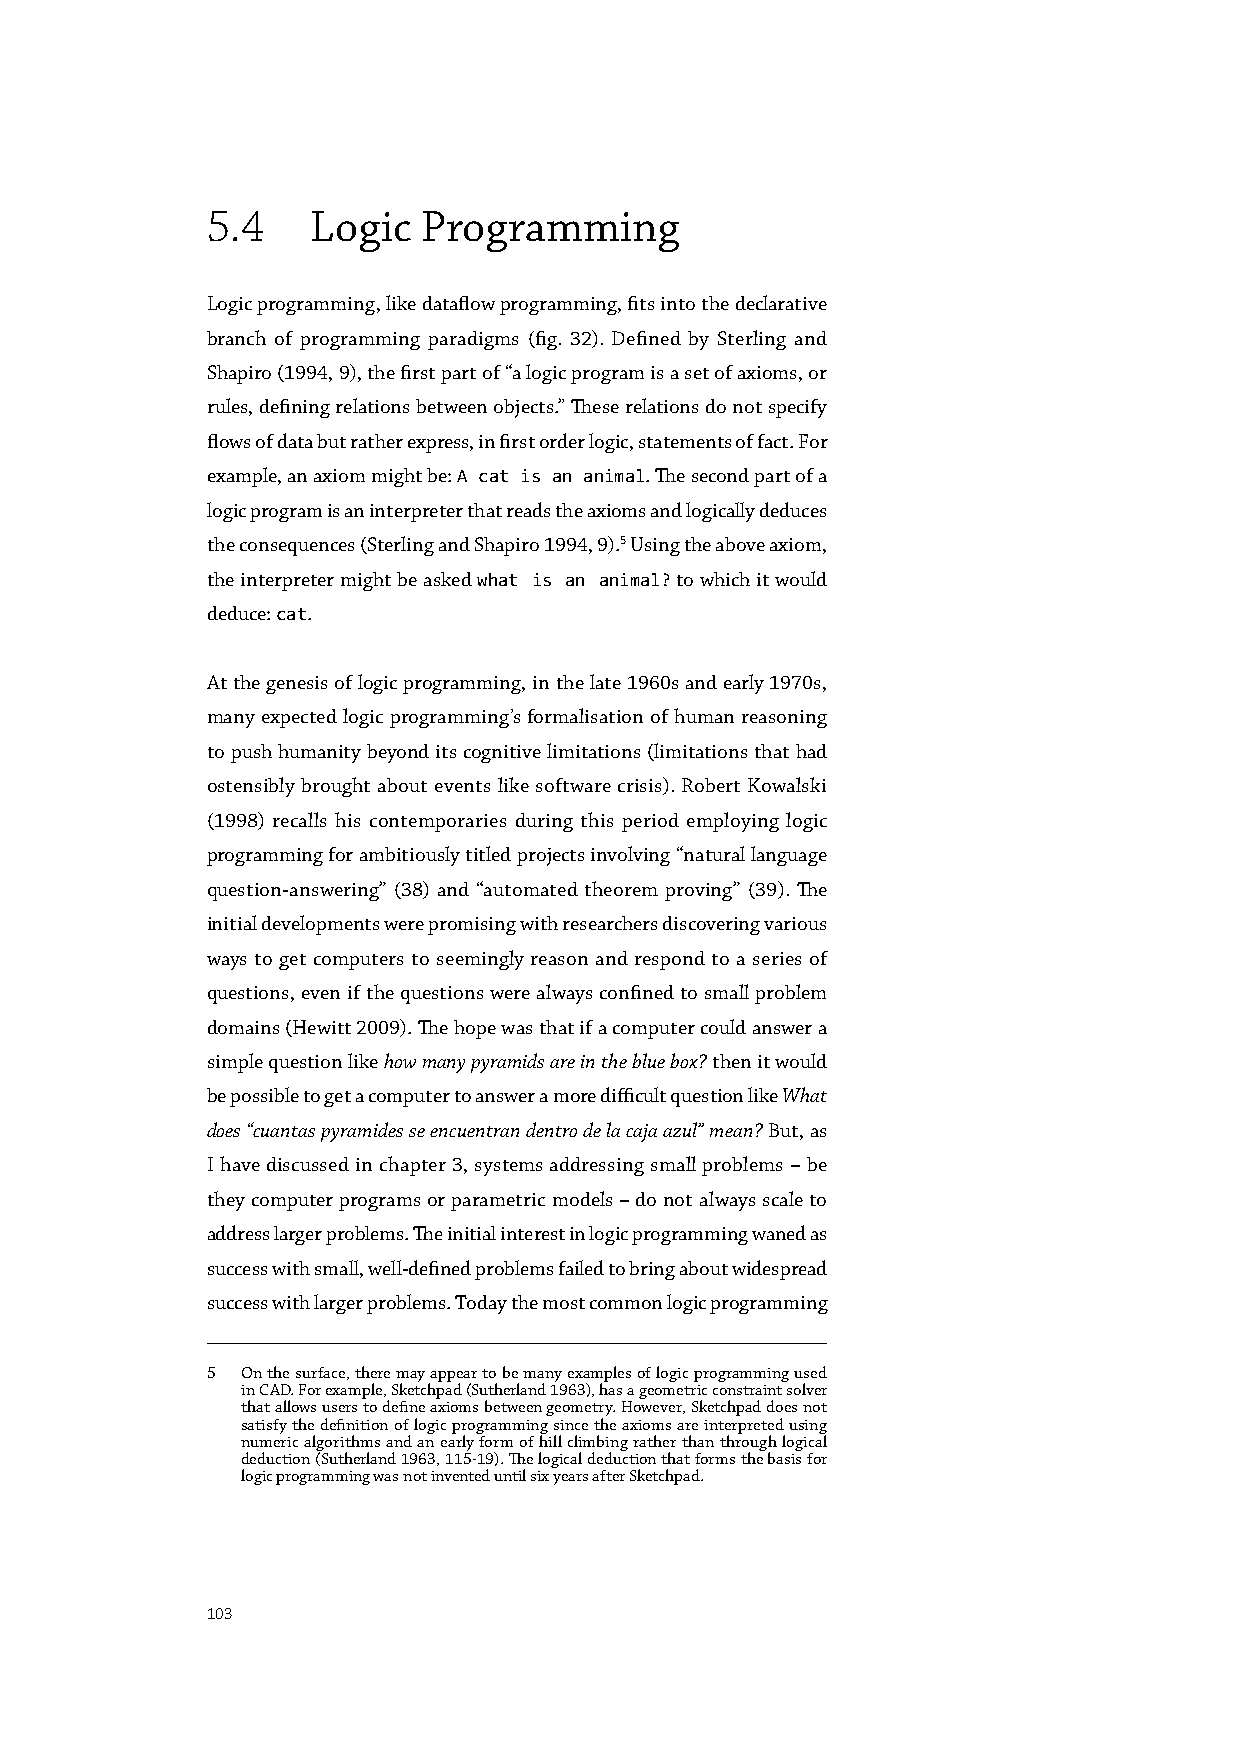
5.4    Logic  Programming
 Logic programming, like dataflow programming, fits into the declarative
 branch of programming paradigms (fig. 32). Defined by Sterling and
 Shapiro (1994, 9), the first part of “a logic program is a set of axioms, or
 rules, defining relations between objects.” These relations do not specify
 flows of data but rather express, in first order logic, statements of fact. For
 example, an axiom might be: A cat is an animal. The second part of a
 logic program is an interpreter that reads the axioms and logically deduces
 the consequences (Sterling and Shapiro 1994, 9).5 Using the above axiom,
 the interpreter might be asked what is an animal? to which it would
 deduce: cat.
 At the genesis of logic programming, in the late 1960s and early 1970s,
 many expected logic programming’s formalisation of human reasoning
 to push humanity beyond its cognitive limitations (limitations that had
 ostensibly brought about events like software crisis). Robert Kowalski
 (1998) recalls his contemporaries during this period employing logic
 programming for ambitiously titled projects involving “natural language
 question-answering” (38) and “automated theorem proving” (39). The
 initial developments were promising with researchers discovering various
 ways to get computers to seemingly reason and respond to a series of
 questions, even if the questions were always confined to small problem
 domains (Hewitt 2009). The hope was that if a computer could answer a
 simple question like how many pyramids are in the blue box? then it would
 be possible to get a computer to answer a more difficult question like What
 does “cuantas pyramides se encuentran dentro de la caja azul” mean? But, as
 I have discussed in chapter 3, systems addressing small problems – be
 they computer programs or parametric models – do not always scale to
 address larger problems. The initial interest in logic programming waned as
 success with small, well-defined problems failed to bring about widespread
 success with larger problems. Today the most common logic programming
 5 On the surface, there may appear to be many examples of logic programming used
 in CAD. For example, Sketchpad (Sutherland 1963), has a geometric constraint solver
 that allows users to define axioms between geometry. However, Sketchpad does not
 satisfy the definition of logic programming since the axioms are interpreted using
 numeric algorithms and an early form of hill climbing rather than through logical
 deduction (Sutherland 1963, 115-19). The logical deduction that forms the basis for
 logic programming was not invented until six years after Sketchpad.
 103